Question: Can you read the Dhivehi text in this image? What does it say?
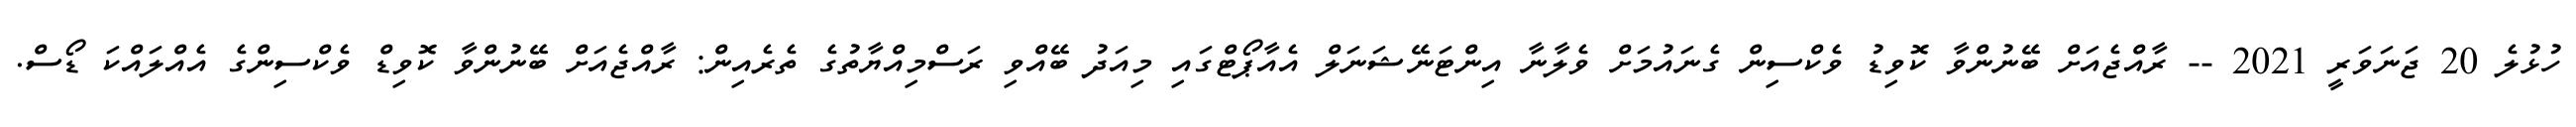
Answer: ހުޅުލެ 20 ޖަނަވަރީ 2021 -- ރާއްޖެއަށް ބޭނުންވާ ކޮވިޑު ވެކްސިން ގެނައުމަށް ވެލާނާ އިންޓަނޭޝަނަލް އެއާޕޯޓްގައި މިއަދު ބޭއްވި ރަސްމިއްޔާތުގެ ތެރެއިން: ރާއްޖެއަށް ބޭނުންވާ ކޮވިޑް ވެކްސިންގެ އެއްލައްކަ ޑޯސް.